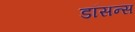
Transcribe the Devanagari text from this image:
डॉसन्स